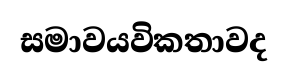
සමාවයවිකතාවද